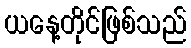
ယနေ့တိုင်ဖြစ်သည်